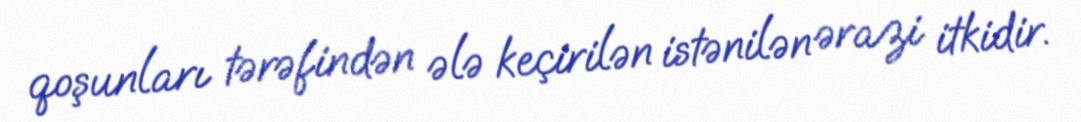
qoşunları tərəfindən ələ keçirilən istənilən ərazi itkidir.